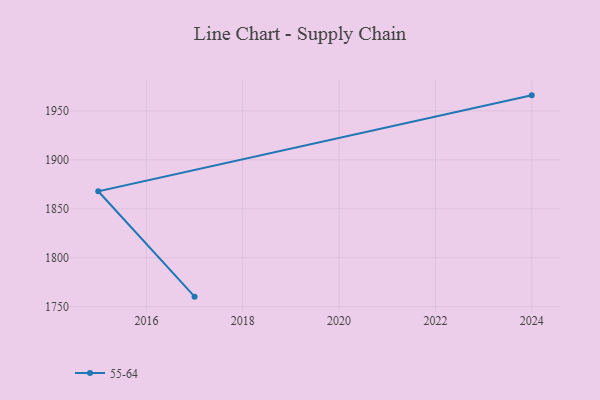
{"axis": {"x": "Year", "y": "Energy Usage (MWh)"}, "legend": ["55-64"], "data": [{"x": "2024", "y": 1965.9, "type": "55-64"}, {"x": "2015", "y": 1867.9, "type": "55-64"}, {"x": "2017", "y": 1760.2, "type": "55-64"}]}